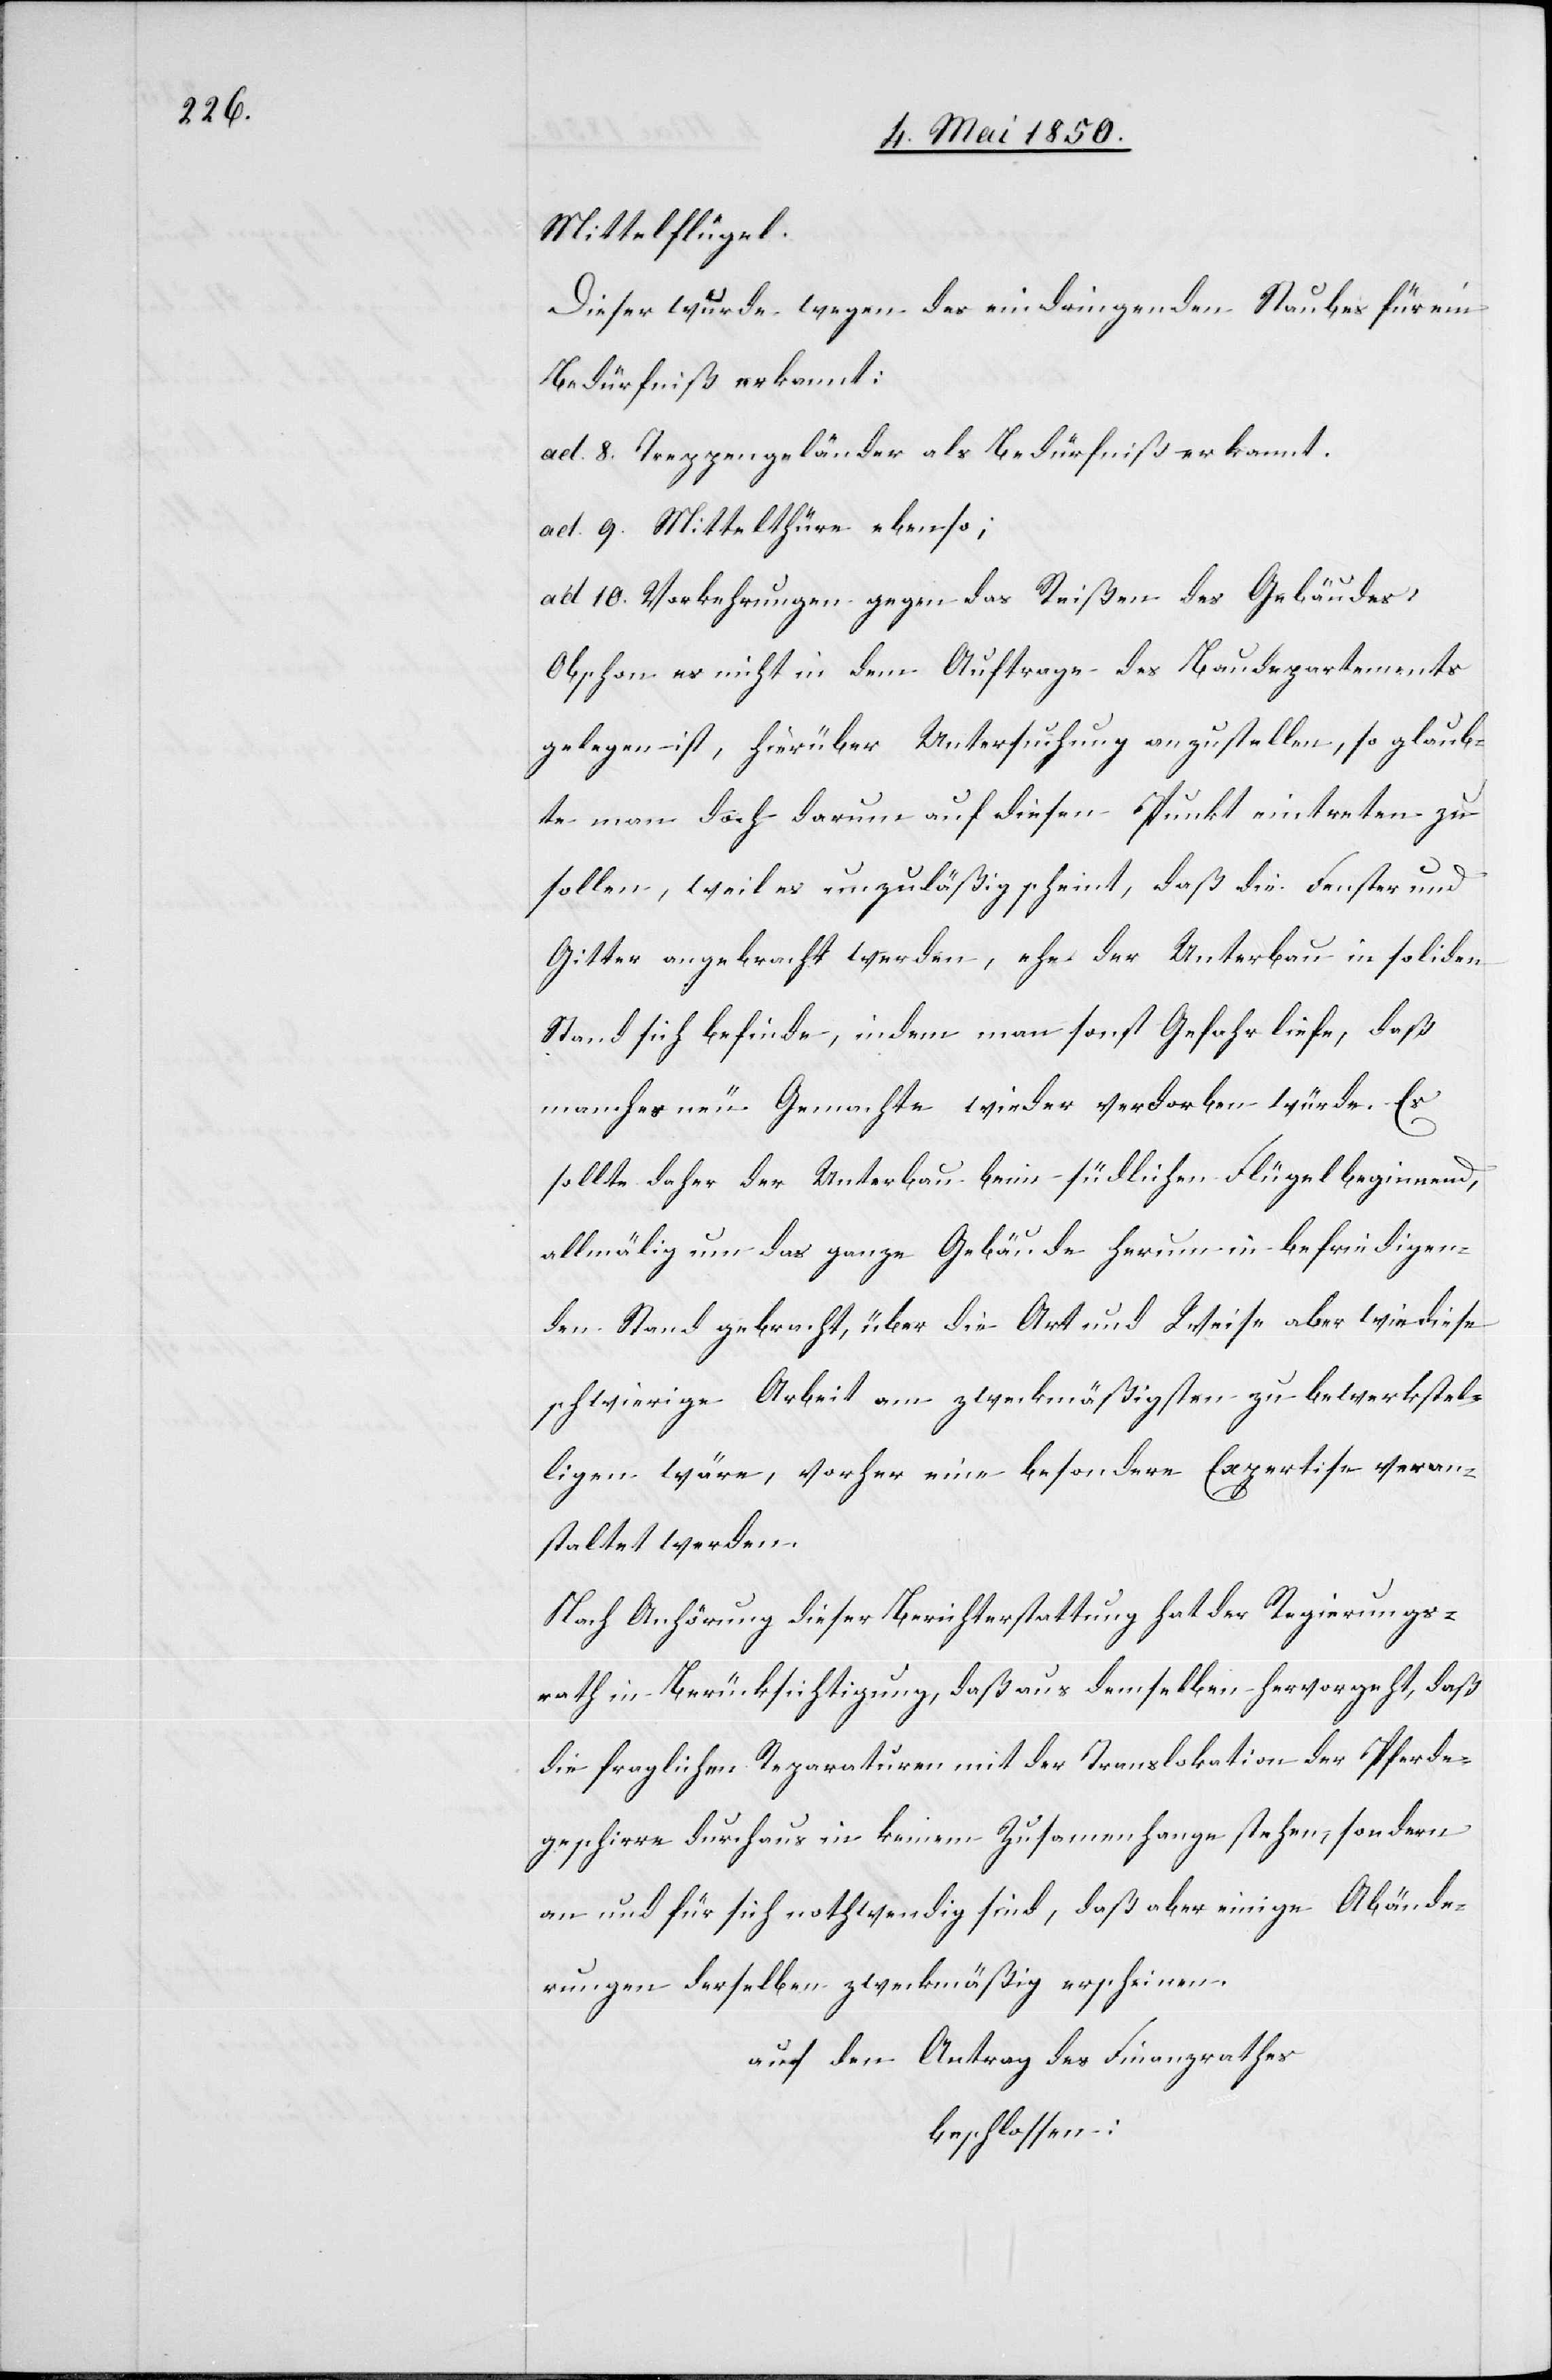
Mittelflügel.
Dieser wurde wegen des eindringenden Staubes für ein
Bedürfniß erkannt:
ad. 8. Treppengeländer als Bedürfniß erkannt.
ad. 9. Mittelthüre ebenso;
ad 10. Vorkehrungen gegen das Reißen des Gebäudes,
Obschon es nicht in dem Auftrage des Baudepartements
gelegen ist, hierüber Untersuchung anzustellen, so glaub¬
te man doch darum auf diesen Punkt eintreten zu
sollen, weil es unzuläßig scheint, daß die Fenster und
Gitter angebracht werden, ehe der Unterbau in soliden
Stand sich befinde, indem man sonst Gefahr liefe, daß
manches neu Gemachte wieder verdorben würde. Es
sollte daher der Unterbau beim südlichen Flügel beginnend,
allmälig um das ganze Gebäude herum in befriedigen¬
den Stand gebracht, über die Art und Weise aber wie diese
schwierige Arbeit am zweckmäßigsten zu bewerkstel¬
ligen wäre, vorher eine besondere Expertise veran¬
staltet werden.
Nach Anhörung dieser Berichterstattung hat der Regierungs¬
rath in Berücksichtigung, daß aus demselben hervorgeht, daß
die fraglichen Reparaturen mit der Translokation der Pferd¬
geschirre durchaus in keinem Zusammenhange stehen, sondern
an und für sich nothwendig sind, daß aber einige Abände¬
rungen derselben zweckmäßig erscheinen.
auf den Antrag des Finanzrathes
beschlossen: